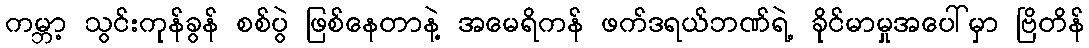
ကမ္ဘာ့ သွင်းကုန်ခွန် စစ်ပွဲ ဖြစ်နေတာနဲ့ အမေရိကန် ဖက်ဒရယ်ဘဏ်ရဲ့ ခိုင်မာမှုအပေါ်မှာ ဗြိတိန်